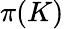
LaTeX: \pi(K)